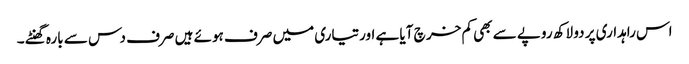
اس راہداری پر دو لاکھ روپے سے بھی کم خر چ آیا ہے اورتیاری میں صرف ہوئے ہیں صرف دس سے بارہ گھنٹے ۔